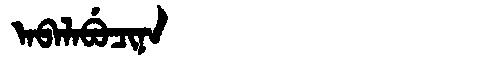
Manchu: ᠠᠪᠠᠯᠠᠪᡠᠴᡳᠨᠠ
Romanization: ABALABUCINA